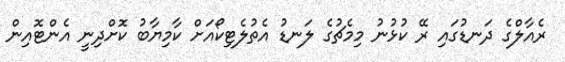
ރެއާލްގެ ދަނޑުގައި ރޭ ކުޅުނު މިމެޗުގެ ލަނޑު އެތުލެޓިކޯއަށް ކާމިޔާބު ކޮށްދިނީ އެންޓޮއިން